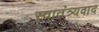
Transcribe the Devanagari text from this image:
स्वातंत्र्यवाद